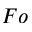
F o